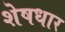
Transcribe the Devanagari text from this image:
शेषधार